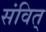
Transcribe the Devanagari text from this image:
संवित्